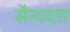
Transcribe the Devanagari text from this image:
सैन्यदत्त